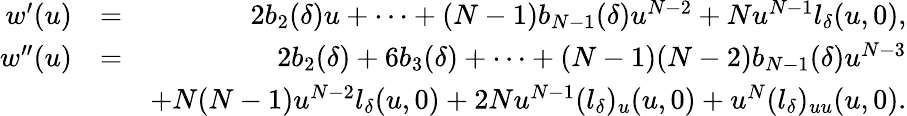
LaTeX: \begin{array}{rlr}{w^{\prime}(u)}&{=}&{2b_{2}(\delta)u+\cdots+(N-1)b_{N-1}(\delta)u^{N-2}+Nu^{N-1}l_{\delta}(u,0),}\\ {w^{\prime\prime}(u)}&{=}&{2b_{2}(\delta)+6b_{3}(\delta)+\cdots+(N-1)(N-2)b_{N-1}(\delta)u^{N-3}}\\ &{}&{+N(N-1)u^{N-2}l_{\delta}(u,0)+2Nu^{N-1}(l_{\delta})_{u}(u,0)+u^{N}(l_{\delta})_{uu}(u,0).}\end{array}